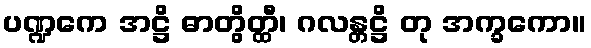
ပဏ္ဍကေ အဋ္ဌိ ဓာတွိတ္ထီ၊ ဂလန္တဋ္ဌိ တု အက္ခကော။